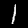
Digit: 1